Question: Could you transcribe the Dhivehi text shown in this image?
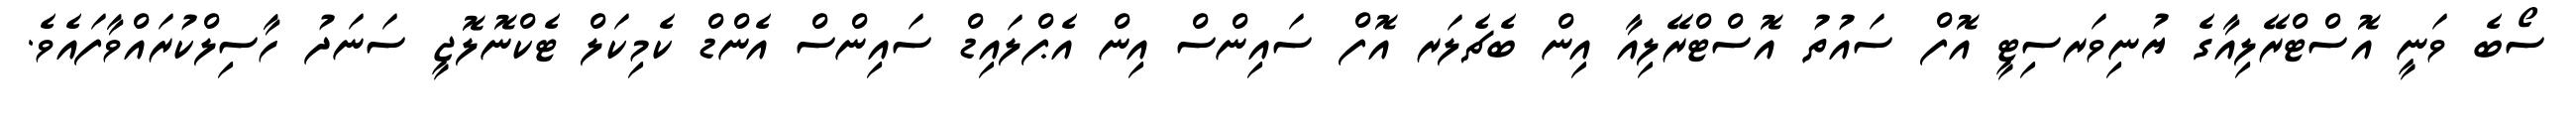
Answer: ސޯބެ ވަނީ އޮސްޓްރޭލިއާގެ ޔުނިވަރސިޓީ އޮފް ސައުތު އޮސްޓްރޭލިއާ އިން ބެޗެލަރ އޮފް ސައިންސް އިން އެޕްލައިޑް ސައިންސް އެންޑް ކެމިކަލް ޓެކްނޮލޮޖީ ސަނަދު ހާސިލްކުރައްވާފައެވެ.